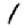
Digit: 1